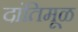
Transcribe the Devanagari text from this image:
दांतिमूळ